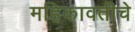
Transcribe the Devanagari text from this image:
महिकावतीचे